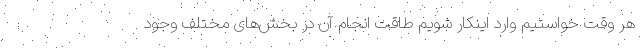
هر وقت خواستیم وارد اینکار شویم طاقت انجام آن در بخش‌های مختلف وجود